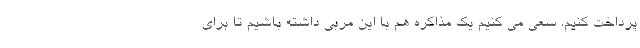
پرداخت کنیم. سعی می کنیم یک مذاکره هم با این مربی داشته باشیم تا برای